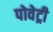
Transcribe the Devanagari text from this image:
पोवेट्री